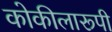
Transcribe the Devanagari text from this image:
कोकीलारूपी